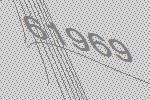
61969